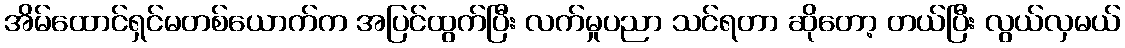
အိမ်ထောင်ရှင်မတစ်ယောက်က အပြင်ထွက်ပြီး လက်မှုပညာ သင်ရတာ ဆိုတော့ တယ်ပြီး လွယ်လှမယ်